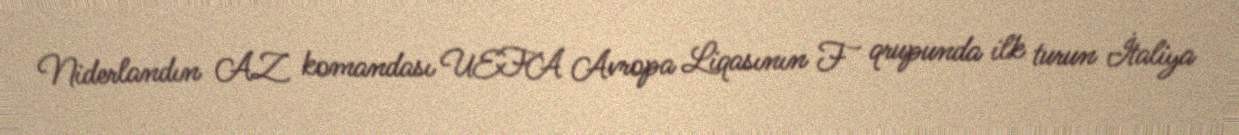
Niderlandın AZ komandası UEFA Avropa Liqasının F qrupunda ilk turun İtaliya